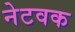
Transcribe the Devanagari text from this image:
नेटवक